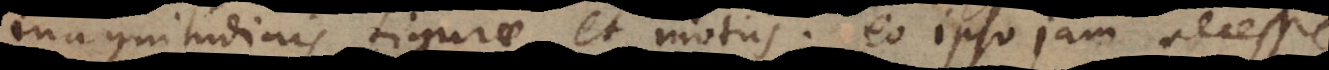
magnitudinis figurae et motus; eo ipso jam ne